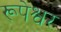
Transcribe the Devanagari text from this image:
रूपेश्वर